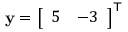
\mathbf { y } = { \left[ \begin{array} { l l } { 5 } & { - 3 } \end{array} \right] } ^ { \mathsf { T } }